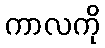
ကာလကို